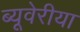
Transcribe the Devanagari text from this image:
ब्‍यूवेरीया